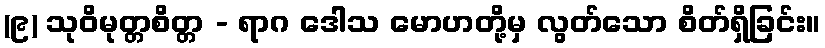
(၉) သုဝိမုတ္တစိတ္တ - ရာဂ ဒေါသ မောဟတို့မှ လွတ်သော စိတ်ရှိခြင်း။